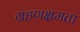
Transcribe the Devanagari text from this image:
ग्रहणक्षमता